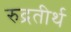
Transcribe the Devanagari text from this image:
रुद्रतीर्थ